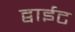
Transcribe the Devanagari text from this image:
द्वाईट